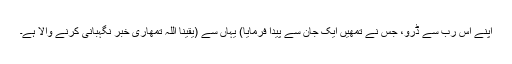
اپنے اس رب سے ڈرو، جس نے تمھیں ایک جان سے پیدا فرمایا) یہاں سے (یقینا اللہ تمھاری خبر نگہبانی کرنے والا ہے۔